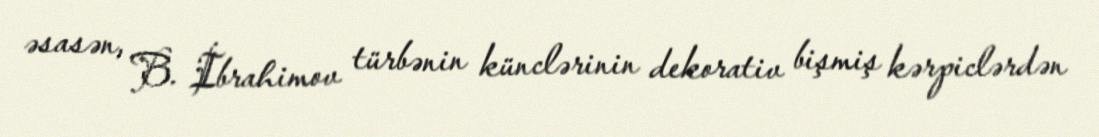
əsasən, B. İbrahimov türbənin künclərinin dekorativ bişmiş kərpiclərdən